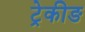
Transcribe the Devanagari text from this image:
ट्रेकीङ